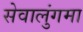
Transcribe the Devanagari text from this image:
सेवालुंगमा